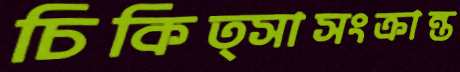
চিকিত্সাসংক্রান্ত